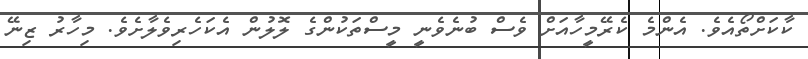
ކާކަށްތޯއެވެ. އެންމެ ކެރޭމީހާއަށް ވެސް ބުނެވެނީ މީސްތަކުންގެ ލޮލުން އެކަހެރިވެލާށެވެ. މިހާރު ޒިނޭ